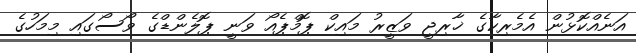
އަނެއްކޮޅުން އެމެރިކާގެ ޚާރިޖީ ވަޒީރު މައިކް ޕޮމްޕެއޯ ވަނީ ޕޮލެންޑްގެ ވޯސޯގައި މިމަހުގެ